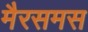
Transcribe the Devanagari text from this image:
मैरसमस